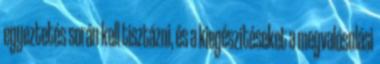
egyeztetés során kell tisztázni, és a kiegészítéseket a megvalósulási